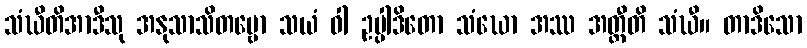
သံဃီတိအာဒီသု အနုသာသိတဗ္ဗော သယံ ဝါ ဥပ္ပါဒိတော သံဃော အဿ အတ္ထီတိ သံဃီ။ တာဒိသော